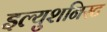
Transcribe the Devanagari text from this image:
इल्युशनिस्ट